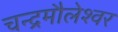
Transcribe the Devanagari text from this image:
चन्द्रमौलेश्वर